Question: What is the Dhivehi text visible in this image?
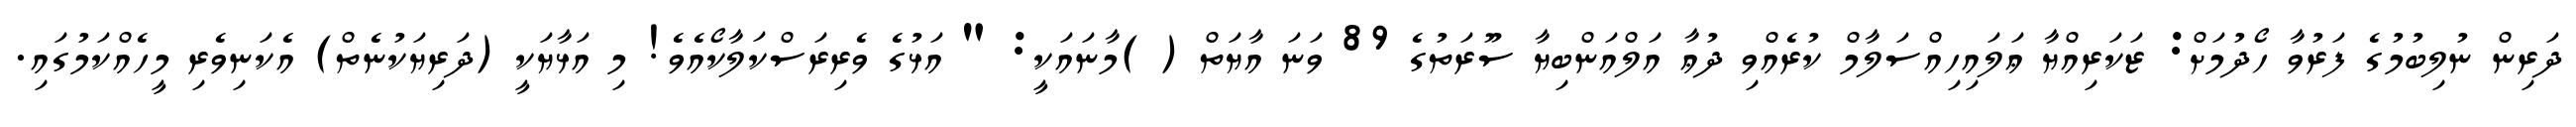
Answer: ދަރިން ނުލިބުމުގެ ފަރުވާ ހޯދުމަށް: ޒަކަރިއްޔާ ޢަލައިހިއްސަލާމް ކުރެއްވި ދުޢާ އަލްއަންބިޔާ ސޫރަތުގެ 89 ވަނަ އާޔަތް ( )މާނައަކީ: " އަޅުގެ ވެރިރަސްކަލާކޯއެވެ! މި އަޅާޔަކީ (ދަރިޔަކުނެތް) އެކަނިވެރި މީހެއްކަމުގައި.